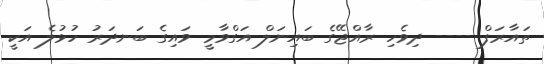
ތައާރަފް ---- ދިވެހި ރާއްޖޭގެ ބައިނަލް އަގްވާމީ ވައިގެ ބަނދަރު ހުޅުލެ އަކީ